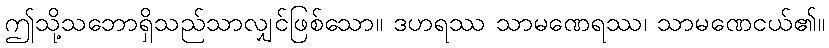
ဤသို့သဘောရှိသည်သာလျှင်ဖြစ်သော။ ဒဟရဿ သာမဏေရဿ၊ သာမဏေငယ်၏။